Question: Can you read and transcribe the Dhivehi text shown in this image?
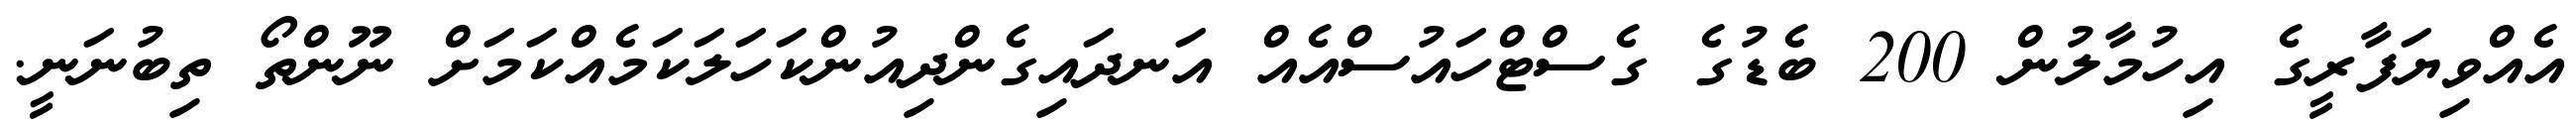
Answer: އެއްވިޔަފާރީގެ އިހުމާލުން 200 ބެޑުގެ ގެސްޓްހައުސްއެއް އަނދައިގެންދިއުންކަހަލަކަމެއްކަމަށް ނޫންތޯ ތިބުނަނީ.